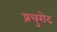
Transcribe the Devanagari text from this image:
प्रचुरोद